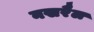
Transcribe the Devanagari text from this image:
नखरैल